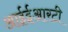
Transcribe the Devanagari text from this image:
आईईआरटी